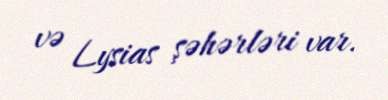
və Lysias şəhərləri var.